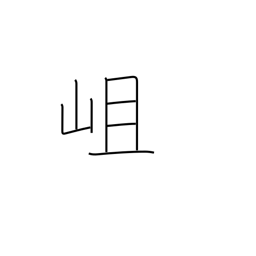
Meaning: a rocky mountain